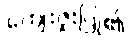
ကျေးဇူးပြု၏